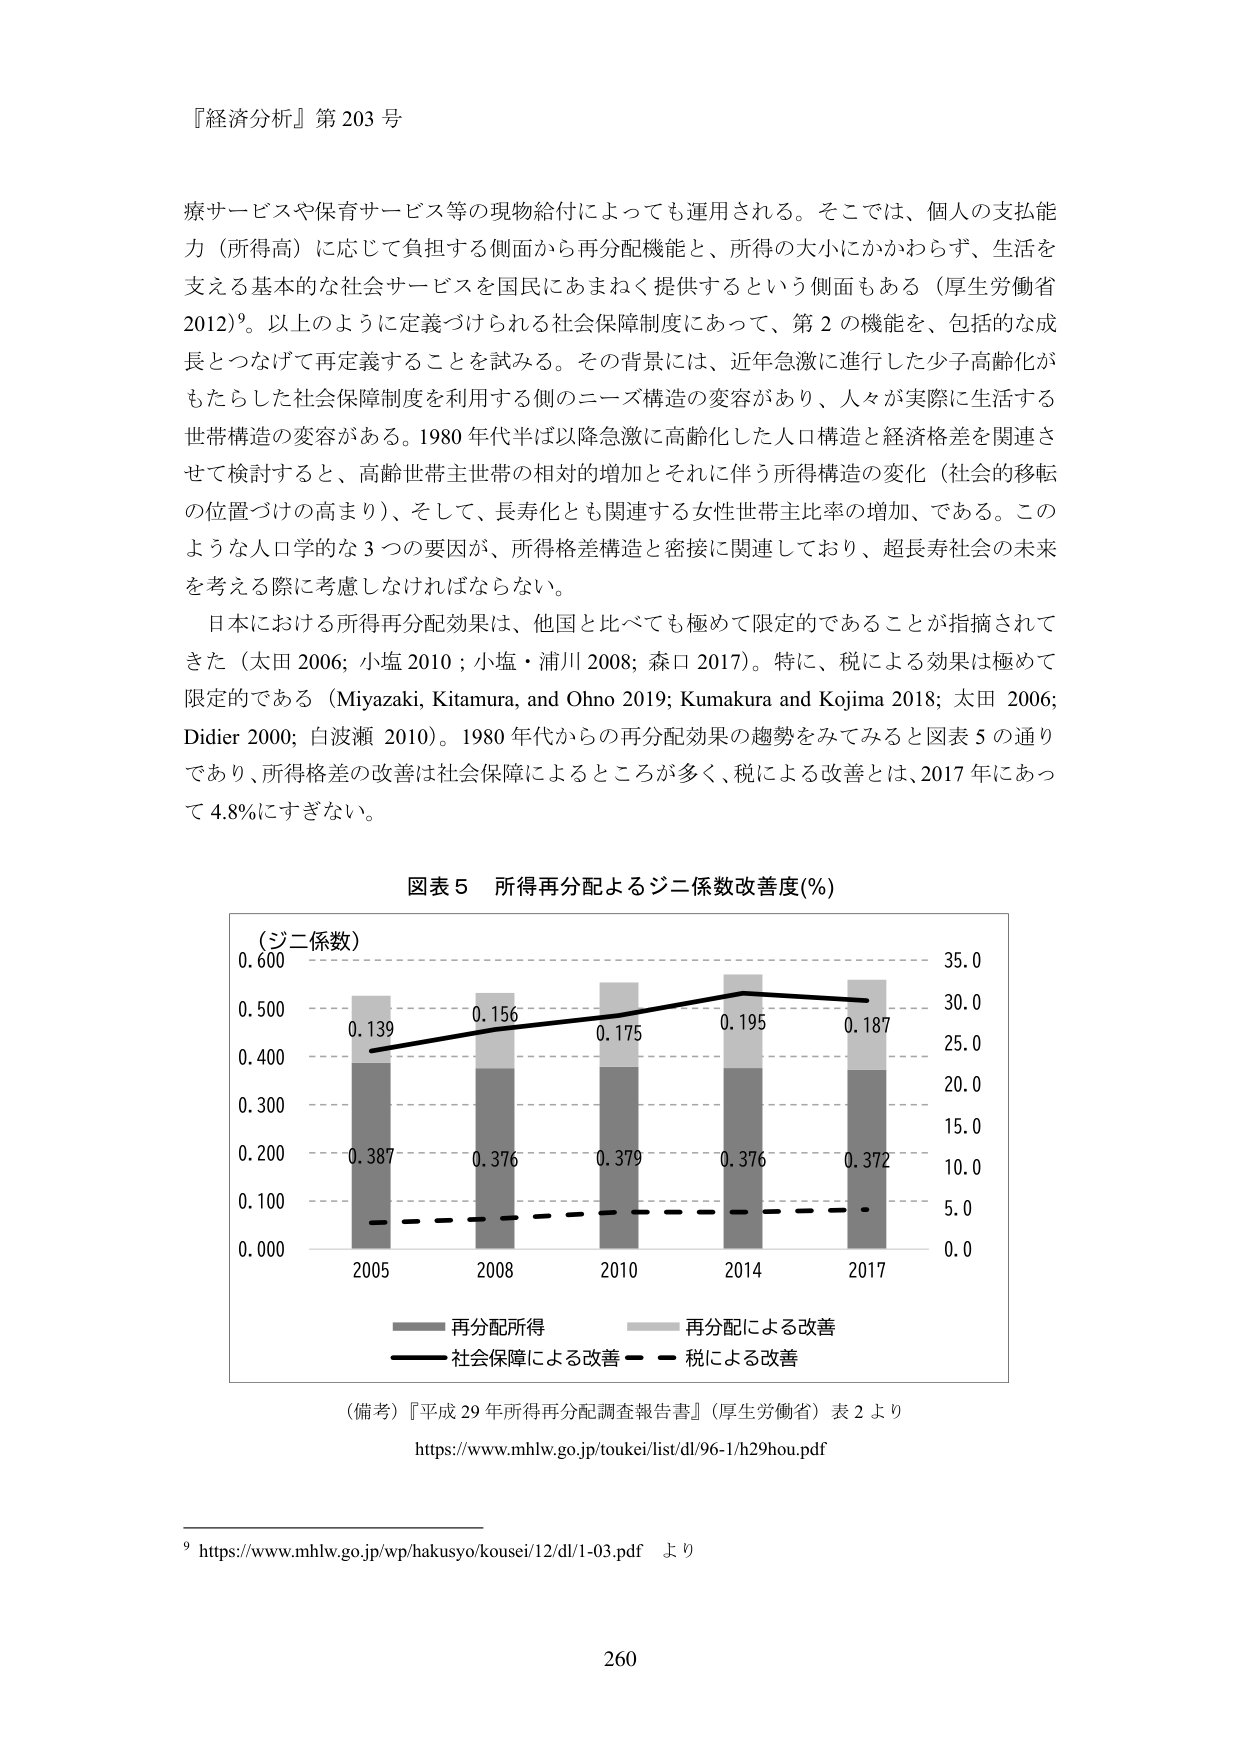
『経済分析』第 203 号

療サービスや保育サービス等の現物給付によっても運用される。そこでは、個人の支払能力（所得高）に応じて負担する側面から再分配機能と、所得の大小にかかわらず、生活を支える基本的な社会サービスを国民にあまねく提供するという側面もある（厚生労働省 2012）⁹。以上のように定義づけられる社会保障制度にあって、第 2 の機能を、包括的な成長とつなげて再定義することを試みる。その背景には、近年急激に進行した少子高齢化がもたらした社会保障制度を利用する側のニーズ構造の変容があり、人々が実際に生活する世帯構造の変容がある。1980 年代半ば以降急激に高齢化した人口構造と経済格差を関連させて検討すると、高齢世帯主世帯の相対的増加とそれに伴う所得構造の変化（社会的移転の位置づけの高まり）、そして、長寿化とも関連する女性世帯主比率の増加、である。このような人口学的な 3 つの要因が、所得格差構造と密接に関連しており、超長寿社会の未来を考える際に考慮しなければならない。

日本における所得再分配効果は、他国と比べても極めて限定的であることが指摘されてきた（太田 2006; 小塩 2010; 小塩・浦川 2008; 森口 2017）。特に、税による効果は極めて限定的である（Miyazaki, Kitamura, and Ohno 2019; Kumakura and Kojima 2018; 太田 2006; Didier 2000; 白波瀬 2010）。1980 年代からの再分配効果の趨勢をみてみると図表 5 の通りであり、所得格差の改善は社会保障によるところが多く、税による改善とは、2017 年にあって 4.8%にすぎない。

図表 5 所得再分配によるジニ係数改善度(%)

（ジニ係数）
0.600
0.500
0.400
0.300
0.200
0.100
0.000

2005 2008 2010 2014 2017

0.139
0.156
0.175
0.195
0.187

0.387
0.376
0.379
0.376
0.372

35.0
30.0
25.0
20.0
15.0
10.0
5.0
0.0

―― 再分配所得
―― 再分配による改善
―― 社会保障による改善
―― 税による改善

（備考）『平成 29 年所得再分配調査報告書』（厚生労働省）表 2 より
https://www.mhlw.go.jp/toukei/list/dl/96-1/h29hou.pdf

⁹ https://www.mhlw.go.jp/wp/hakusyo/kousei/12/dl/1-03.pdf より

260